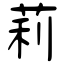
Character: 莉